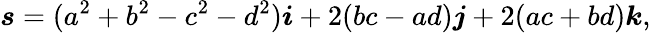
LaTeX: \boldsymbol{s}=(a^{2}+b^{2}-c^{2}-d^{2})\boldsymbol{i}+2(bc-ad)\boldsymbol{j}+2(ac+bd)\boldsymbol{k},